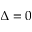
\Delta = 0